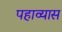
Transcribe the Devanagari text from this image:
पहाव्यास